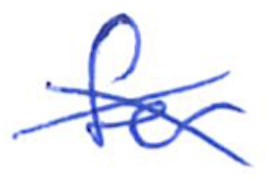
Text: for
Cross-out: cross
Writing tool: ballpoint